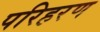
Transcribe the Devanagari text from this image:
परिहरण